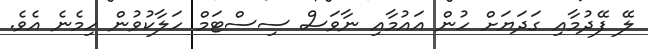
ލޭ ފޭދުމާއި ގަދަޔަށް ހުން އައުމާއި ނާވަސް ސިސްޓަމް ހަލާކުވުން ހިމެނެ އެވެ.